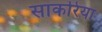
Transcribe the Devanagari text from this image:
साकरिया